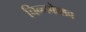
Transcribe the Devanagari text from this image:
चिन्नकेशव